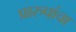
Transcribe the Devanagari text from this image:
प्रारुपांचा